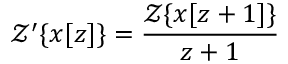
{ \mathcal { Z } } ^ { \prime } \{ x [ z ] \} = { \frac { { \mathcal { Z } } \{ x [ z + 1 ] \} } { z + 1 } }